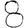
Digit: 8